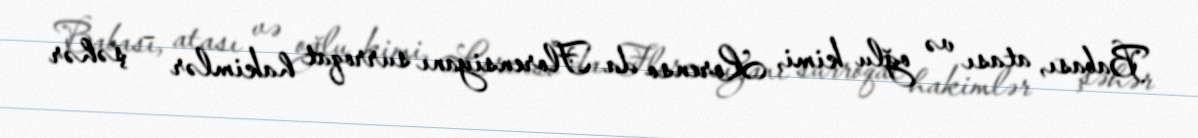
Babası, atası və oğlu kimi, Lorenso da Florensiyanı surroqat hakimlər – şəhər